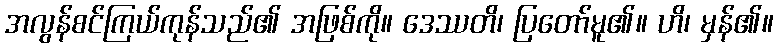
အလွန်စင်ကြယ်ကုန်သည်၏ အဖြစ်ကို။ ဒေဿတိ၊ ပြတော်မူ၏။ ဟိ၊ မှန်၏။